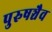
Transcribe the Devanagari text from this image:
पुरुषञ्चैव